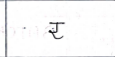
मजकूर: र